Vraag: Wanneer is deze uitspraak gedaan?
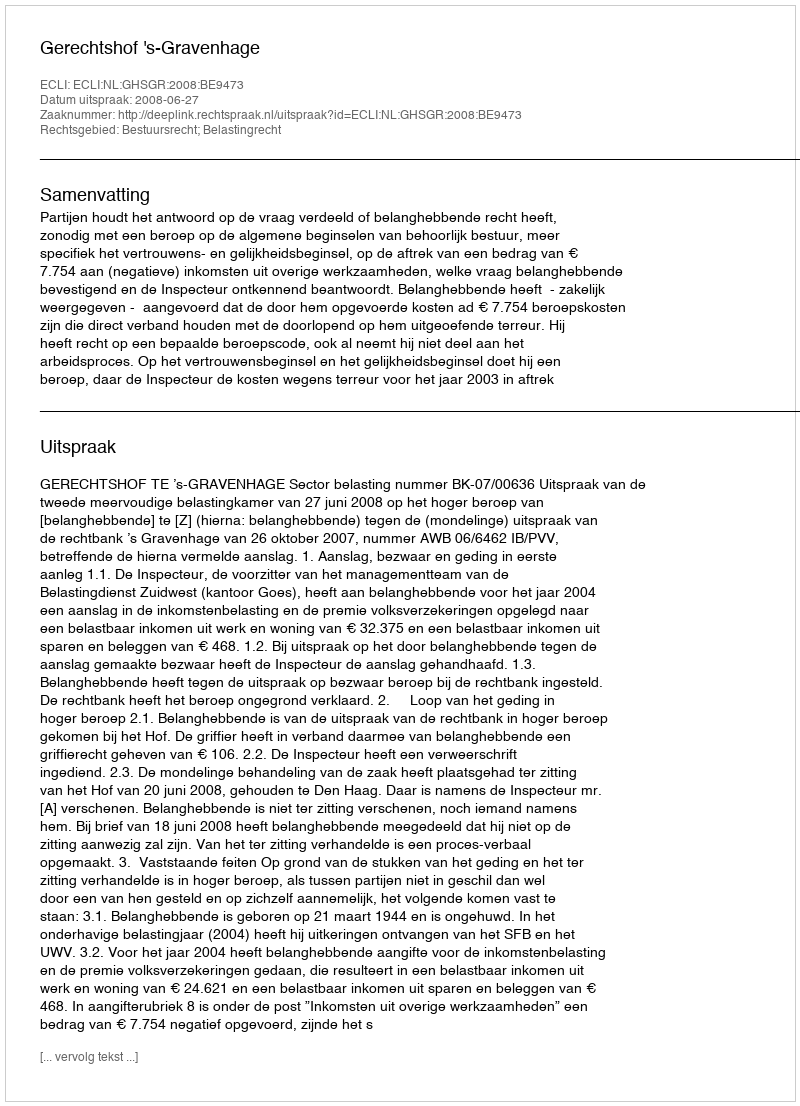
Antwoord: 2008-06-27